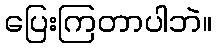
ပြေးကြတာပါဘဲ။